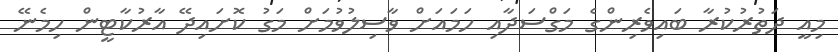
މިއީ ދަތުރުކުރާ ބައިވެރިންގެ މަގްސަދާއި ހަމައަށް ވާސިލުވުމަށް މަގު ކޮށައިދޭ އާރުކާޓީން ހިމެނޭ